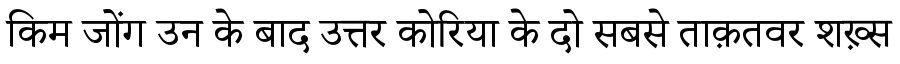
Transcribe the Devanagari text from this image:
किम जोंग उन के बाद उत्तर कोरिया के दो सबसे ताक़तवर शख़्स